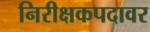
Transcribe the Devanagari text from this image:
निरीक्षकपदावर